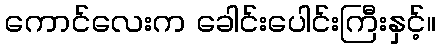
ကောင်လေးက ခေါင်းပေါင်းကြီးနှင့်။